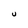
Character: U